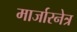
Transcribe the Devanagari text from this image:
मार्जारनेत्र